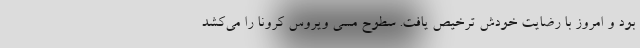
بود و امروز با رضایت خودش ترخیص یافت. سطوح مسی ویروس کرونا را می‌کشد